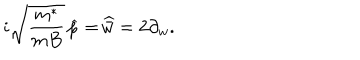
i \sqrt { \frac { m ^ { * } } { m B } } \, \widehat { p } = \widehat { \! \bar { w } } = 2 \partial _ { w } .